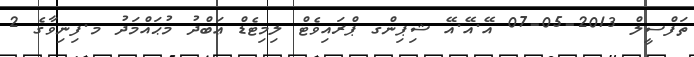
ތަފްސީލް 2013-05-07 އޭ.އޭ.އޭ ޝިޕިންގ ޕްރައިވެޓް ލިމިޓެޑް ޢަބްދު މުޙައްމަދު މ.ފިނިވާގެ 2